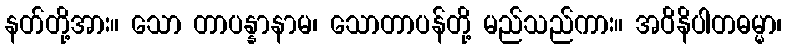
နတ်တို့အား။ သော တာပန္နာနာမ၊ သောတာပန်တို့ မည်သည်ကား။ အဝိနိပါတဓမ္မာ၊